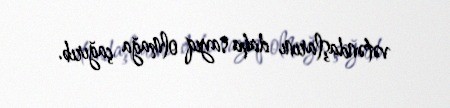
vətəndaşlarını daha sayıq olmağa çağırıb.